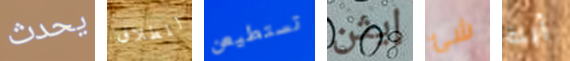
يحدث للطلاق تستطيعن إيثن شئ أبنة